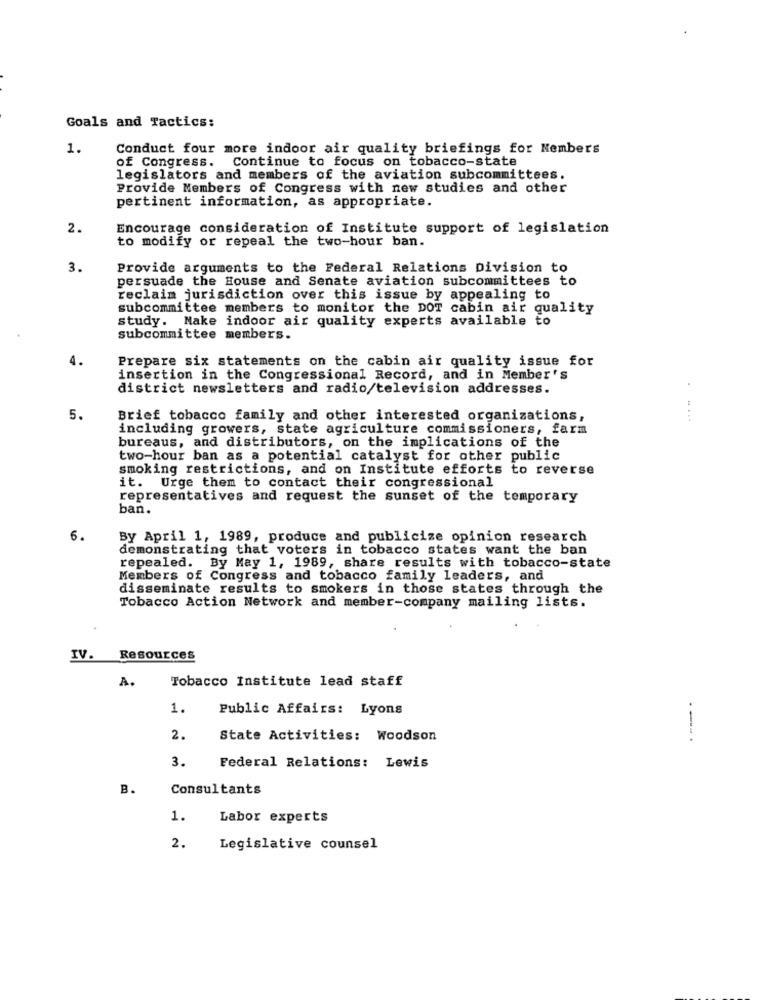
Goals and Tactics:
1.
Conduct four more indoor air quality briefings for Members
Continue to focus on tobacco-state
of Congress.
legislators and members of the aviation subcommittees.
Provide Members of Congress with new studies and other
pertinent information, as appropriate.
2.
Encourage consideration of Institute support of legislation
to modify or repeal the two-hour ban.
3.
Provide arguments to the Federal Relations Division to
persuade the House and Senate aviation subcommittees to
reclaim jurisdiction over this issue by appealing to
subcommittee members to monitor the DOT cabin air quality
study. Make indoor air quality experts available to
subcommittee members.
4.
Prepare six statements on the cabin air quality issue for
insertion in the Congressional Record, and in Member's
district newsletters and radio/television addresses.
5.
Brief tobacco family and other interested organizations,
including growers, state agriculture commissioners, farm
bureaus, and distributors, on the implications of the
two-hour ban as a potential catalyst for other public
smoking restrictions, and on Institute efforts to reverse
it. Urge them to contact their congressional
representatives and request the sunset of the temporary
ban.
6.
By April 1, 1989, produce and publicize opinion research
demonstrating that voters in tobacco states want the ban
repealed. By May 1, 1989, share results with tobacco-state
Members of Congress and tobacco family leaders, and
disseminate results to smokers in those states through the
Tobacco Action Network and member-company mailing lists.
IV.
Resources
A.
Tobacco Institute lead staff
1.
Public Affairs: Lyons
2.
State Activities: Woodson
3.
Federal Relations: Lewis
B.
Consultants
1.
Labor experts
2.
Legislative counsel